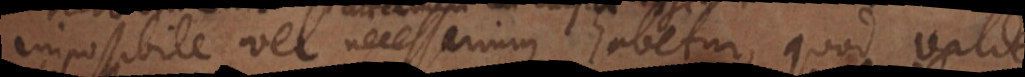
Impossibile vel necessarium habetur, quod valde